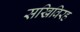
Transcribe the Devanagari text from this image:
सखिविरह